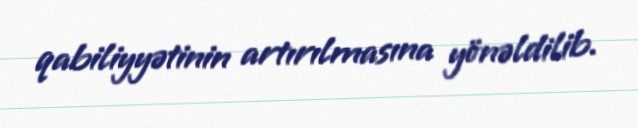
qabiliyyətinin artırılmasına yönəldilib.